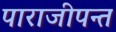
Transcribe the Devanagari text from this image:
पाराजीपन्त